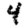
Digit: 4